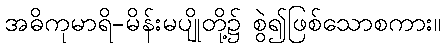
အဓိကုမာရိ-မိန်းမပျိုတို့၌ စွဲ၍ဖြစ်သောစကား။